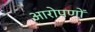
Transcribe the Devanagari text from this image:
आरोपणों